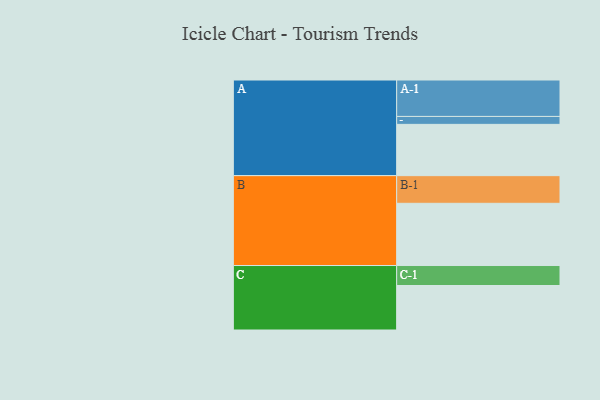
{"axis": {"x": "Segment", "y": "Value"}, "legend": ["", "A", "B", "C"], "data": [{"x": "A", "y": 408, "type": ""}, {"x": "B", "y": 495, "type": ""}, {"x": "C", "y": 354, "type": ""}, {"x": "A-1", "y": 290, "type": "A"}, {"x": "A-2", "y": 63, "type": "A"}, {"x": "B-1", "y": 220, "type": "B"}, {"x": "C-1", "y": 159, "type": "C"}]}